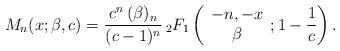
LaTeX: \begin{align*}M_{n}(x;\beta,c)=\dfrac{c^n\,(\beta)_{n}}{(c-1)^n}\,_{2}F_{1}\left(\begin{array}{c}-n,-x\\ \beta \end{array}; 1-\frac1c \right). \end{align*}